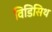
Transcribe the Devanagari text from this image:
विडिसिथ